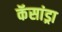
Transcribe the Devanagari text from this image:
कॅसांड्रा